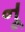
નૂ